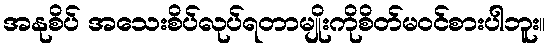
အနုစိပ် အသေးစိပ်လုပ်ရတာမျိုးကိုစိတ်မဝင်စားပါဘူး။